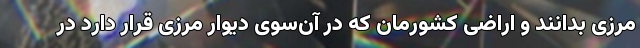
مرزی بدانند و اراضی کشورمان که در آن‌سوی دیوار مرزی قرار دارد در